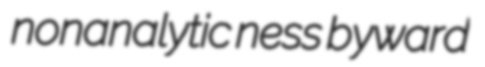
nonanalytic ness byward